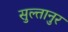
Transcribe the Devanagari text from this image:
सुल्तानुर